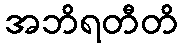
အဘိရတီတိ